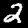
Digit: 2